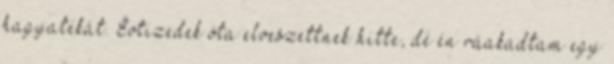
hagyatékát. Évtizedek óta elveszettnek hitte, de én ráakadtam egy